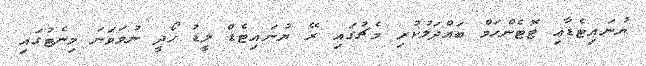
ޔުނައިޓެޑާއި ޓޮޓެންހަމް ބައްދަލުކުރި މެޗުގައި ރޭ ޔުނައިޓެޑް ލީޑު ހޯދީ ނުވަވަނަ މިނެޓުގައި